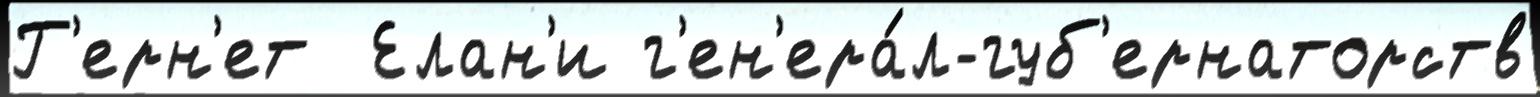
Г'ерн'ет  Елан'и г'ен'ера́л-губ'ернаторств